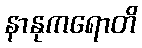
နာနုကရောတိ